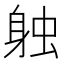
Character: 𫏪